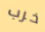
خرب